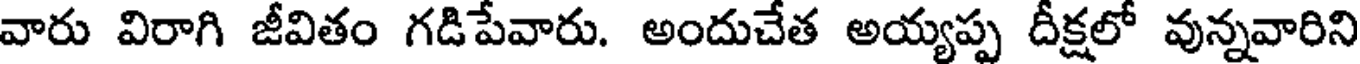
వారు విరాగి జీవితం గడిపేవారు. అందుచేత అయ్యప్ప దీక్షలో వున్నవారిని